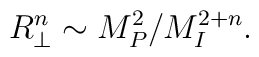
R_\perp^n \sim M_P^2/M_I^{2+n} .